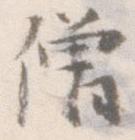
僧